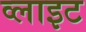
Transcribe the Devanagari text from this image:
व्‍लाइट